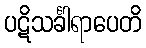
ပဋိသင်္ခါရာပေတိ